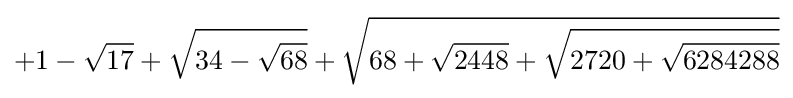
+1-{\sqrt {17}}+{\sqrt {34-{\sqrt {68}}}}+{\sqrt {68+{\sqrt {2448}}+{\sqrt {2720+{\sqrt {6284288}}}}}}